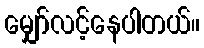
မျှော်လင့်နေပါတယ်။